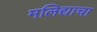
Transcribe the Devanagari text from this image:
मलिद्याचा